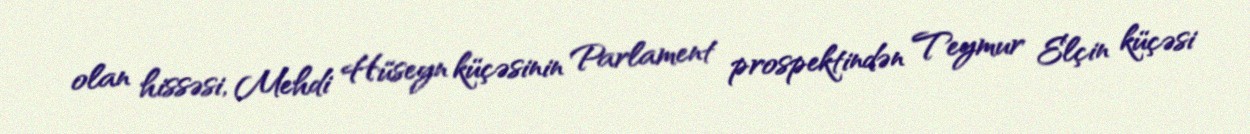
olan hissəsi, Mehdi Hüseyn küçəsinin Parlament prospektindən Teymur Elçin küçəsi